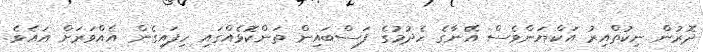
ދޮރުން ނިކުތްއިރު އަކްޔަންވެސް އޭނާގެ ހެދުމުގެ ފަސްބައިން ތަންކޮޅެއްގައި ހިފައިގެން އެއްވަރަށް އައެވެ.